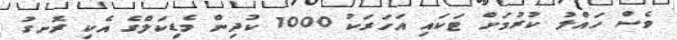
ވެސް ހައްލު ކުރުމަށް ޓަކައި އަހަރަކު 1000 ކުދިން މެޑިކަލްގެ އެކި ރޮނގު